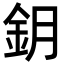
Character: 鈅